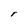
Character: r